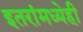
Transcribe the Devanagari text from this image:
इतरांमध्येही